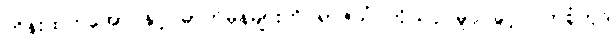
ဟိန်းထက်အောင်နှင့် ဓာတ်မှန်များကို ရာဇသံ ကိုယ်ပိုင်မူပိုင်ခွင့် ဝတ်စုံကုဒ်